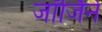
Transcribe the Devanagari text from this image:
जॉर्जिने